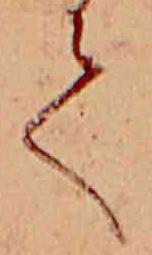
て